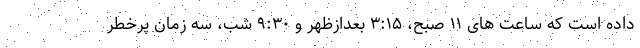
داده است که ساعت‌ های ۱۱ صبح، ۳:۱۵ بعدازظهر و ۹:۳۰ شب، سه زمان پرخطر